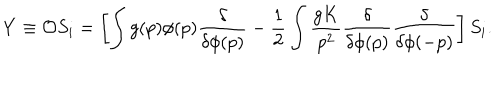
Y \equiv { \cal O } S _ { i } = \left[ \int g ( p ) \phi ( p ) { \frac { \delta } { \delta \phi ( p ) } } - { \frac { 1 } { 2 } } \int { \frac { g K } { p ^ { 2 } } } { \frac { \delta } { \delta \phi ( p ) } } { \frac { \delta } { \delta \phi ( - p ) } } \right] S _ { i } .